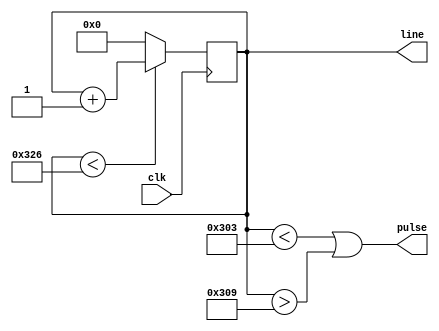
module V_sync (
  input  clk,         // clk = H_sync
  output pulse,
  output reg [9:0] line
);
localparam   whole_frame = 806, visible_area = 768 , front_porch = 3, sync_pulse = 6  ; 


always @( posedge clk) begin
    if (line < whole_frame)
        line <= line + 1'b1 ;
    else
        line  <= 0 ;       
end

assign pulse = (line < (visible_area + front_porch ) || line > (visible_area + front_porch + sync_pulse) ); 

endmodule //V_sync